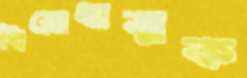
বিরোধাত্মক